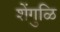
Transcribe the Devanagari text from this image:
शेंगुळि